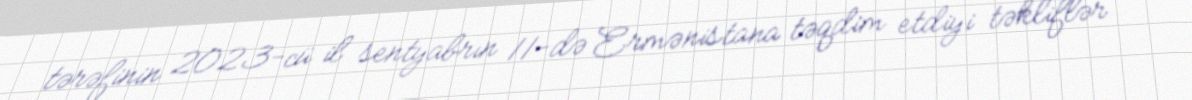
tərəfinin 2023-cü il sentyabrın 11-də Ermənistana təqdim etdiyi təkliflər